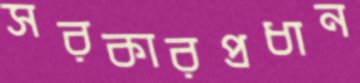
সরকারপ্রধান